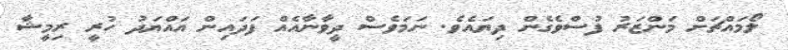
ލޯމައްޗަށް މަންޒަރު ފުސްވެގެން ދިޔައެވެ. ނަމަވެސް ދީވާނާއެއް ފަދައިން އައްޔަދު ހުރީ ރިމީޝާ